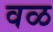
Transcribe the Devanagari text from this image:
वळ